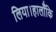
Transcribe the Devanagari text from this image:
लिया।हालाँकि